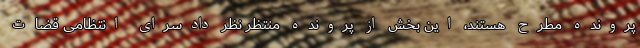
پرونده مطرح هستند، این بخش از پرونده منتظر نظر دادسرای انتظامی قضات